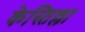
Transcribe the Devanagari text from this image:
केस्तिल्ला